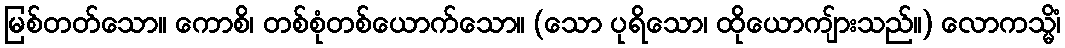
မြစ်တတ်သော။ ကောစိ၊ တစ်စုံတစ်ယောက်သော။ (သော ပုရိသော၊ ထိုယောကျ်ားသည်။) လောကသ္မိံ၊